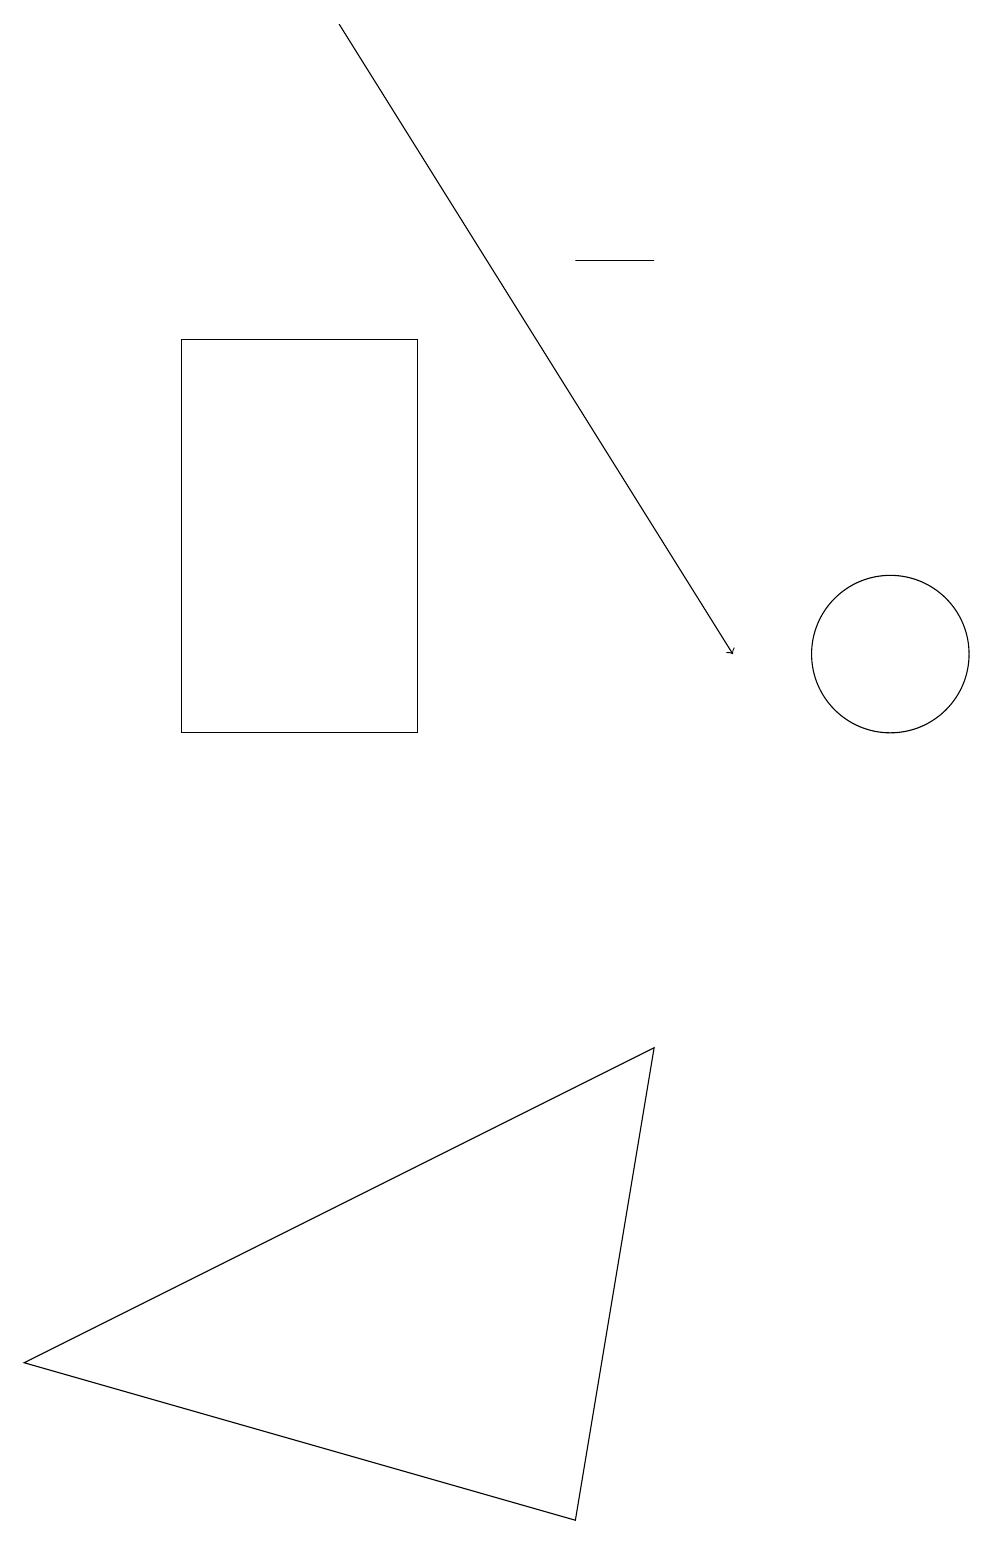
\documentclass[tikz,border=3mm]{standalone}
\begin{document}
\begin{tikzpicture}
\draw (7,16) rectangle (8,16);
\draw (7,0) -- (8,6) -- (0,2) -- cycle;
\draw (2,15) rectangle (5,10);
\draw[->] (4,19) -- (9,11);
\draw (11,11) circle (1);
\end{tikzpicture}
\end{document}